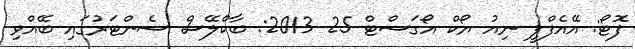
ފޮޓޯ: އޭއެފްޕީ ނިއު ޔޯކް އޯގަސްޓް 25 2013: ބާކްލޭސް ސެންޓަރުގައި ބޭއްވި